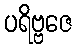
ပရိဗ္ဗဇေ